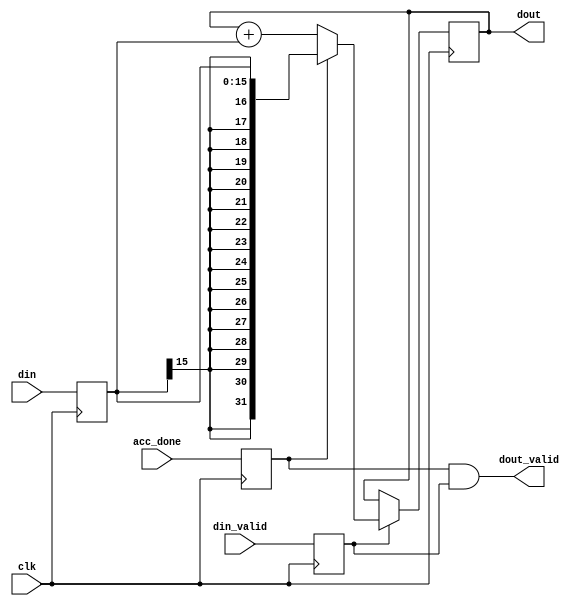

`default_nettype none

/*
*   
*   accumulator, doesnt handle overflow! check your bitwidth
*   the acc_done should be asserted after the last sample ie 
*   in the first word of the new accumulation
*
*/

module scalar_accumulator #(
    parameter DIN_WIDTH = 16,
    parameter ACC_WIDTH = 32,
    parameter DATA_TYPE = "signed"
) (
    input wire clk,
    input wire [DIN_WIDTH-1:0] din,
    input wire din_valid,
    input wire acc_done,

    output wire [ACC_WIDTH-1:0] dout,
    output wire dout_valid
);
//register inputs for timing
reg signed [DIN_WIDTH-1:0] din_r=0;
reg din_valid_r=0, acc_done_r=0;
always@(posedge clk)begin
    din_r <=din;
    din_valid_r<=din_valid;
    acc_done_r <= acc_done;
end

//accumulate
reg [ACC_WIDTH-1:0] acc=0;
generate
    if(DATA_TYPE=="signed")begin
        always@(posedge clk)begin
            if(din_valid_r)begin
                if(acc_done_r)
                    acc <= $signed(din_r);
                else
                    acc <= $signed(acc)+$signed(din_r);
            end
            else
                acc <= acc;
        end
    end
    else begin
        always@(posedge clk)begin
            if(din_valid_r)begin
                if(acc_done_r)
                    acc <= din_r;
                else
                    acc <= acc+din_r;
            end
            else
                acc <= acc;
        end
    end
endgenerate

assign dout_valid = acc_done_r & din_valid_r;//acc_done_r;
assign dout = acc;


endmodule